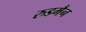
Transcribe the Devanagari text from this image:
रुडमैन